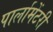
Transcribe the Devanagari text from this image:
पार्लामेंटरी